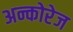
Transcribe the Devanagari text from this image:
अन्कोरेज